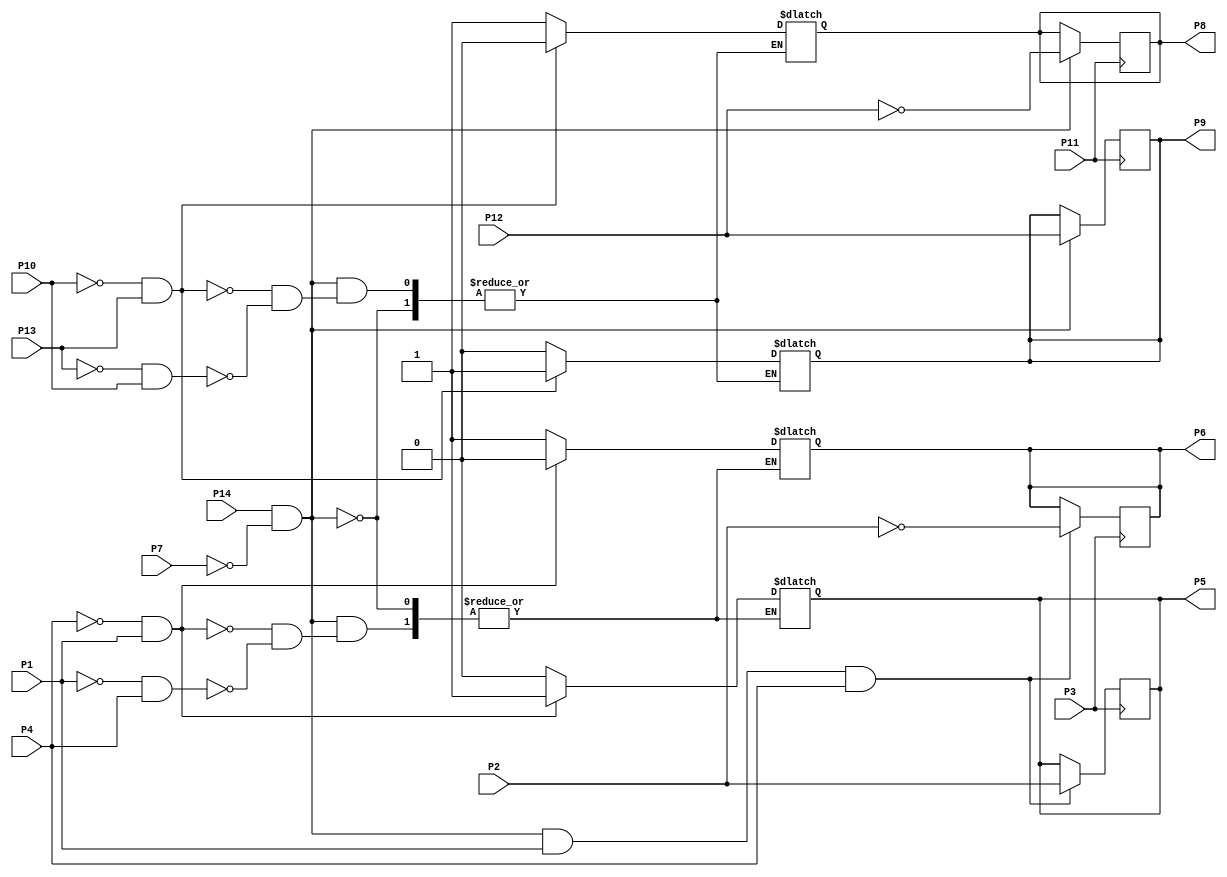
//================================================================--
// Design Unit	: sn7474 (behaviour) 
//
//
// Purpose	: model of TTL SN7474 dual edge-triggered D FF IC
//
//
// Environmant	: Icarus
//-------------------------------------------------------------------
// Revision List	
// Version	Author	Date	Changes
// 1.0		PW	Sept 10 New version
//================================================================--

module sn7474 (P1, P2, P3, P4, P5, P6, P7, P8, P9, P10, P11, P12, P13, P14); 

   output reg P5, P6, P8, P9;
   input P1, P2, P3, P4, P7, P10, P11, P12, P13, P14;

   always @ (posedge P3) begin
      if ((P14 == 1) && (P7 == 0) && (P1 == 1) && (P4 == 1)) begin
         P5 <= P2;
         P6 <= ~P2;
      end
   end

   always @ (P1, P4, P7, P14) begin
      if ((P14 == 1) && (P7 == 0)) begin
         if ((P1 == 0) && (P4 == 1)) begin
            P5 <= 1'b 0;
            P6 <= 1'b 1;
         end
         if ((P4 == 0) && (P1 == 1)) begin
            P5 <= 1'b 1;
            P6 <= 1'b 0;
         end
      end
   end

   always @ (posedge P11) begin
      if ((P14 == 1) && (P7 == 0)) begin
         P9 <= P12;
         P8 <= ~P12;
      end
   end

   always @ (P10, P13, P7, P14) begin
      if ((P14 == 1) && (P7 == 0)) begin
         if ((P13 == 0) && (P10 == 1)) begin
            P9 <= 1'b 0;
            P8 <= 1'b 1;
         end
         if ((P10 == 0) && (P13 == 1)) begin
            P9 <= 1'b 1;
            P8 <= 1'b 0;
         end
      end
   end

endmodule